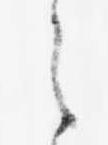
之